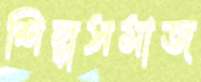
শিল্পসমাজ